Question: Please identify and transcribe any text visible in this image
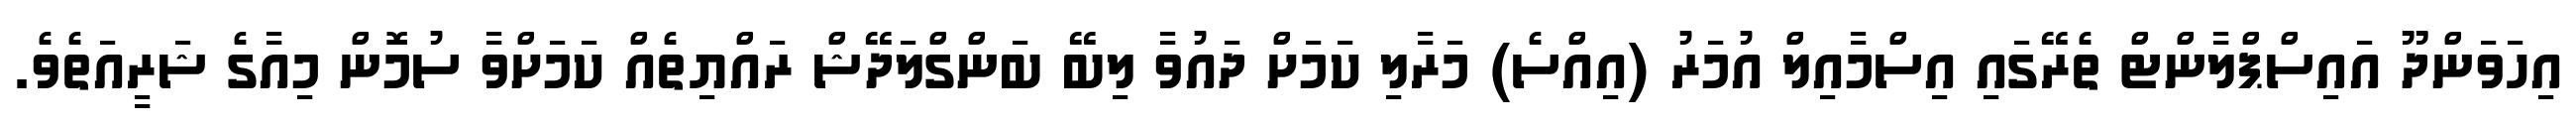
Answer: އިހަވަންދޫ އައިސްޕްލާންޓް ތެރޭގައި އިސްމާއިލް އުމަރު (އިއްސެ) މަރާލި ކަމަށް ދައުވާ ލިބޭ ބަންގްލަދޭޝް ރައްޔިތެއް ކަމަށްވާ ސުމޮން މިއާގެ ޝަރީއަތެވެ.